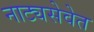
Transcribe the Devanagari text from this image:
नाट्यसेवेत